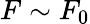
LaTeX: F\sim F_{0}